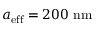
{ a _ { \mathrm { e f f } } = 2 0 0 \ \mathrm { n m } }